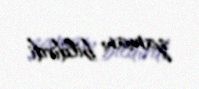
zamanı bildirdi.